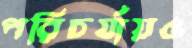
পরিচর্যায়ও